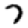
Digit: 7